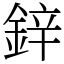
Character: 鋅